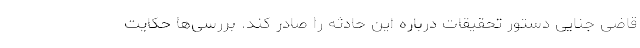
قاضی جنایی دستور تحقیقات درباره این حادثه را صادر کند. بررسی‌ها حکایت